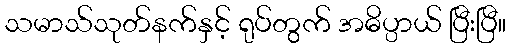
သမာသ်သုတ်နက်နှင့် ရုပ်တွက် အဓိပ္ပာယ် ပြီးပြီ။